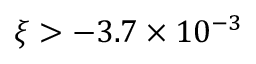
\xi > - 3 . 7 \times 1 0 ^ { - 3 }